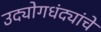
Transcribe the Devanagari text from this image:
उद्योगधंद्यांचे